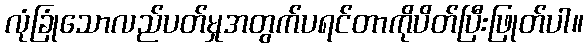
လုံခြုံသောလည်ပတ်မှုအတွက်ပရင်တာကိုပိတ်ပြီးဖြုတ်ပါ။